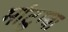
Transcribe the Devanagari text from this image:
मांटुम्बा